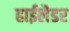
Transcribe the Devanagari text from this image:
हाईलैडर